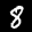
Label: 8